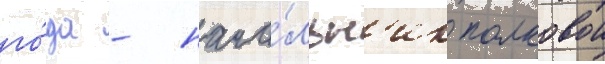
го́да - нача́льн'ик полковои